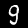
Label: 9